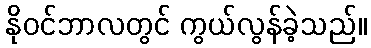
နိုဝင်ဘာလတွင် ကွယ်လွန်ခဲ့သည်။